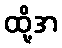
ထို့အ